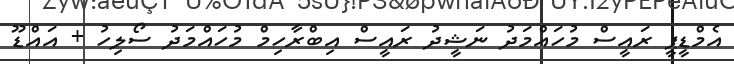
އެމްޑީޕީ ރައީސް މުހައްމަދު ނަޝީދު ރައީސް އިބްރާހިމް މުހައްމަދު ސޯލިހު + އައްޑޫ